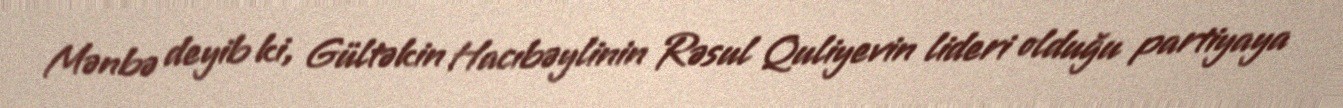
Mənbə deyib ki, Gültəkin Hacıbəylinin Rəsul Quliyevin lideri olduğu partiyaya